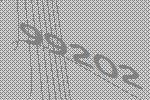
99202